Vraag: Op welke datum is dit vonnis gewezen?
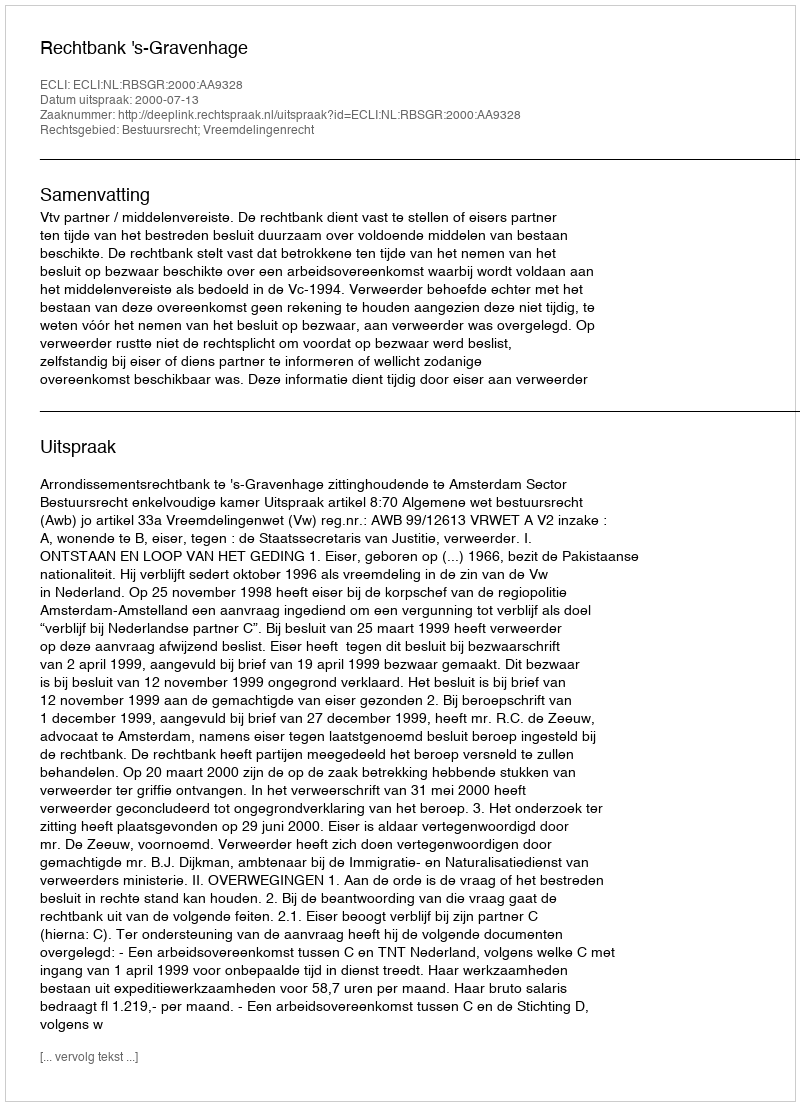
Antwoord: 2000-07-13